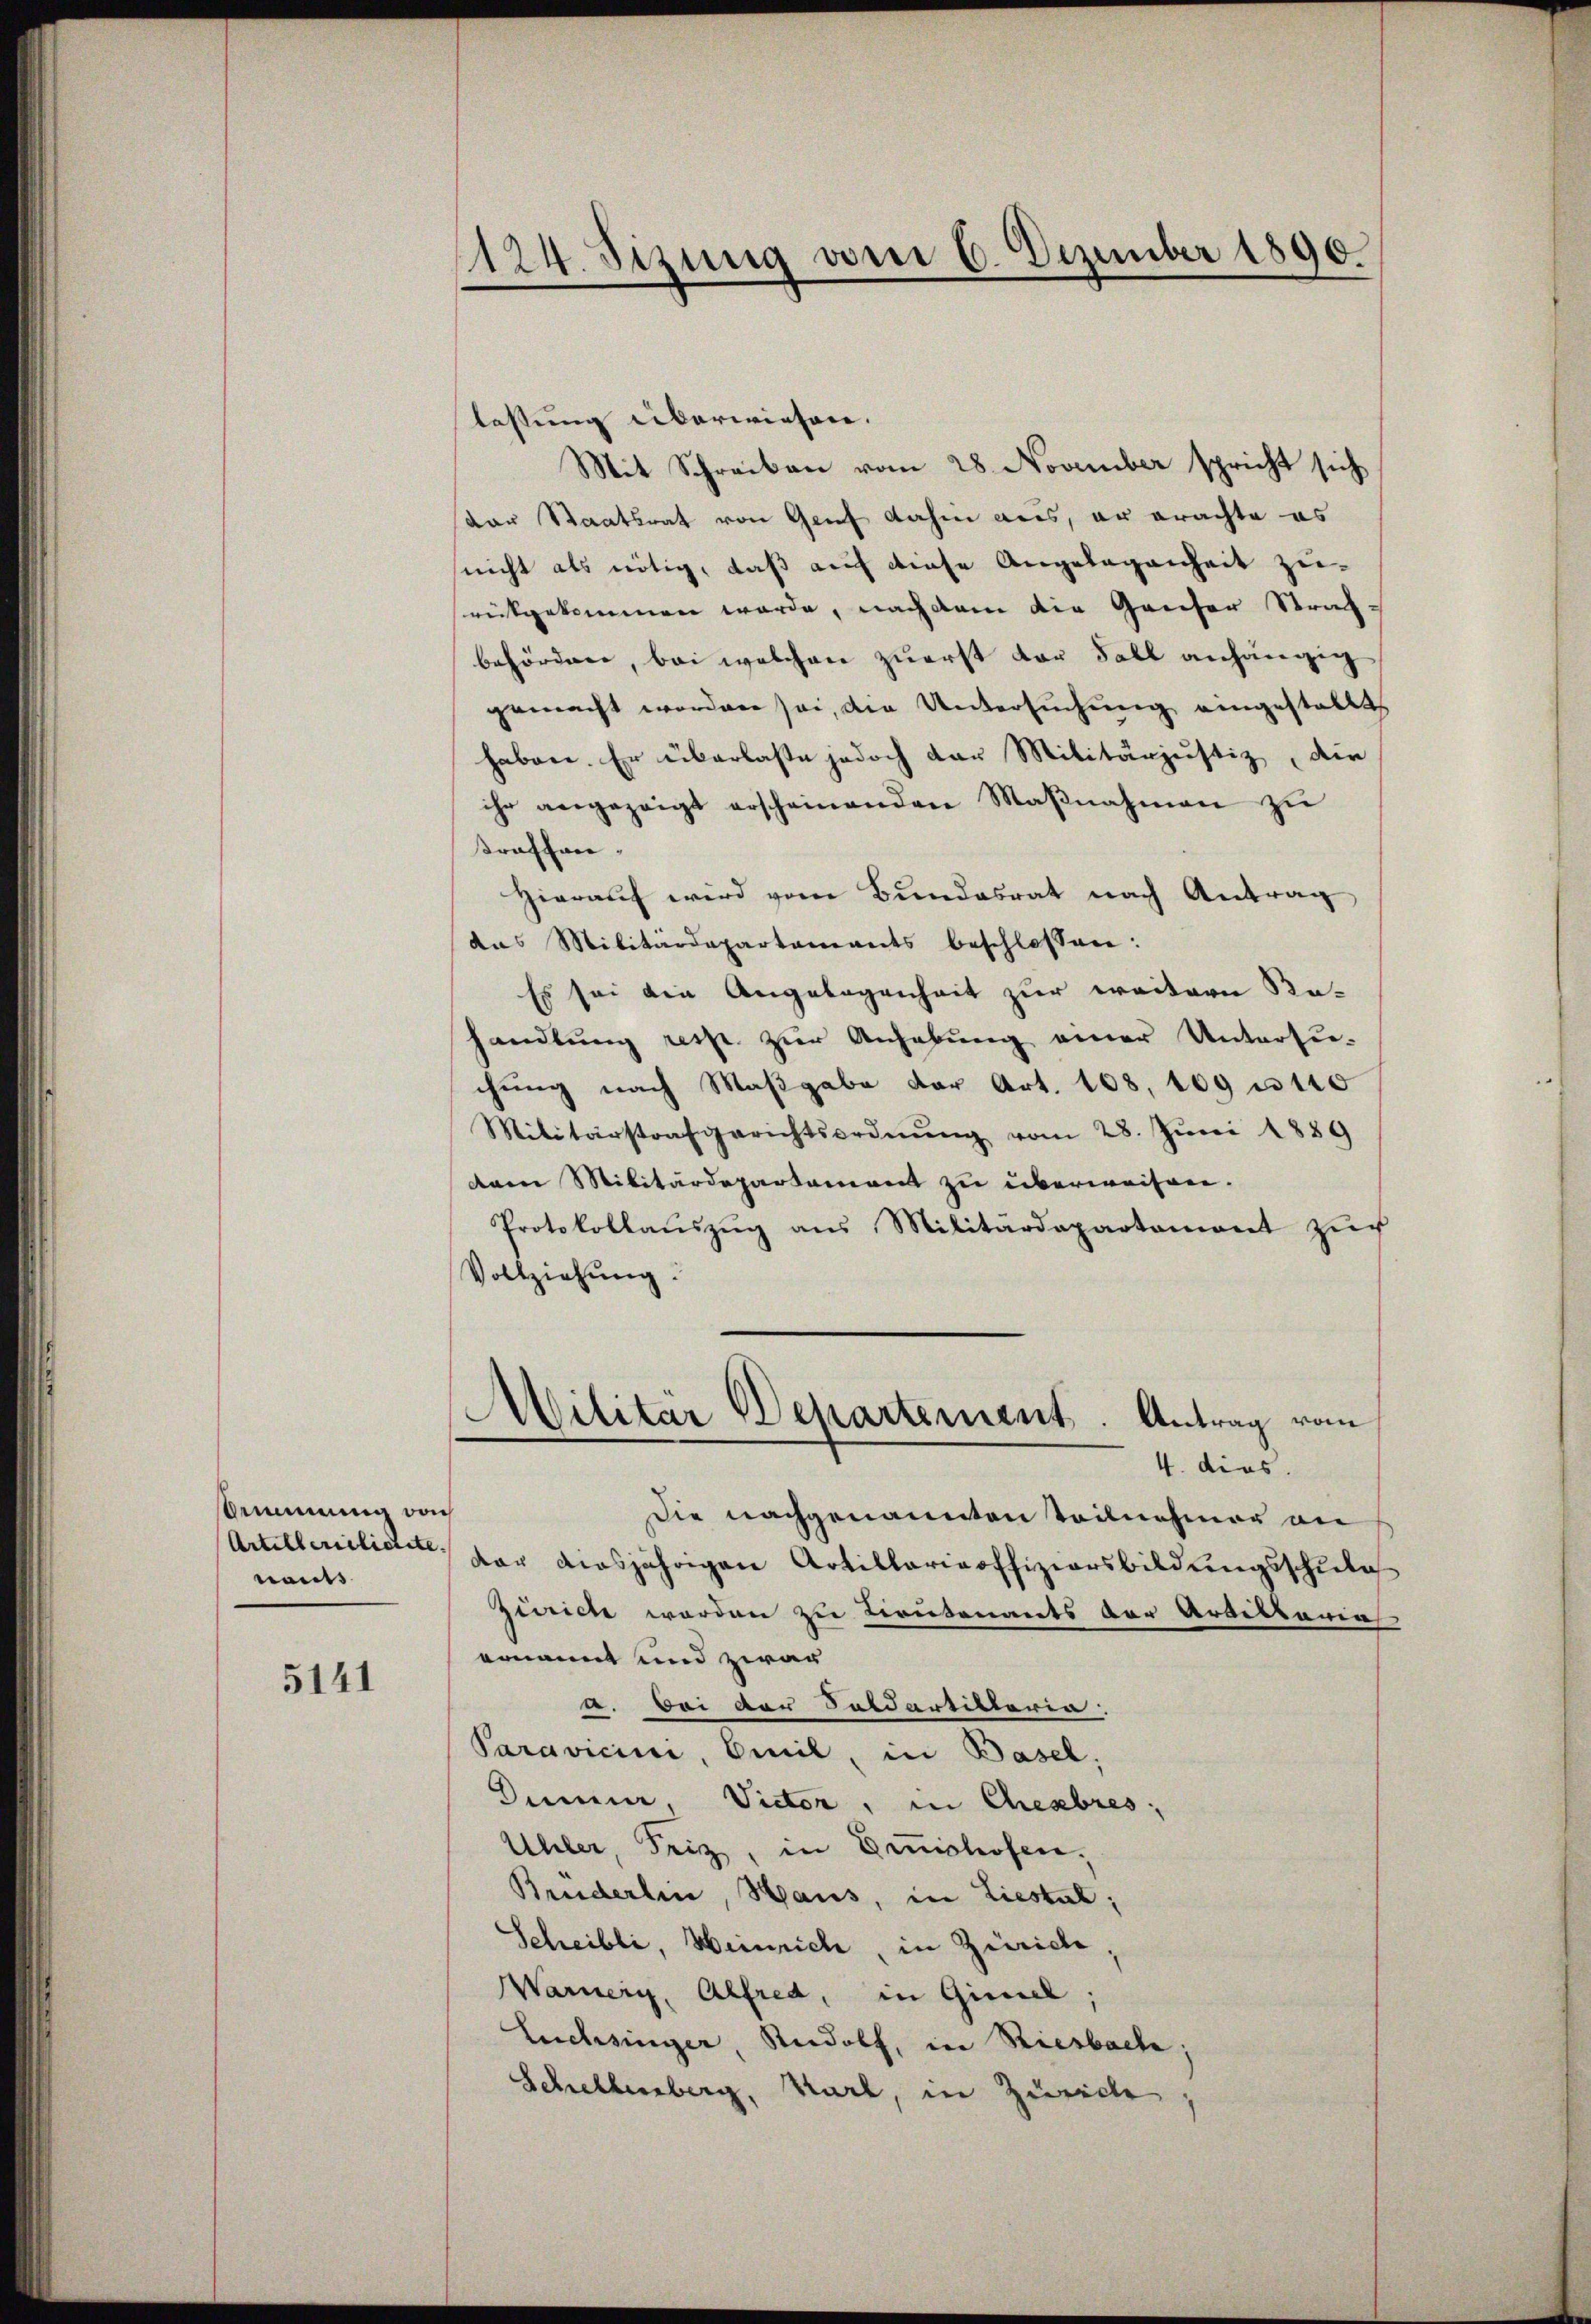
emmung doch
nants

5141

1124. Sizung vom 6. Dezember 1890.

lassung überwiesen.
Mit Schreiben vom 28. November spricht sich
dar Staatsrat von Genf dahin aus, er erachte es
seicht als nötig, daß auf diese Angelegenheit zurückgekommen werde, nachdem die Hauser Strafbehördere, bei welchen zuerst der Fall anhängig
gemacht worden sei, die Untersuchung eingestellt
haben. Er überlasse jedoch der Militärjustiz, die
ihr angezeigt erscheinenden Maβnahmen zŭ
troffen.
Hierauf wird vom Bundesrat nach Antrag
das Militärdepartements beschlossen:
Es sei die Angelegenheit zur weitern Rehandlung resp. zur Anhebung einer Untersuchung nach Maßgabe der Art. 108. 109 u 110
Militärstrafgerichtsordnŭng vom 28. Juni 1889
dam Militärdepartement zu überweisen.
Protokollauszug aus Militärdepartemont zur
Vollziehung.
Militär Departement. Antrag vom
4. dies.
Die nachgenannten Teilnehmer an
Artillerilistet, vor diesjährigen Artillaricoffiziersbildungsschulg
zwicte werden zu Lieutenants der Artiltarias
ernannt und zwar
a. Bei der Soldartiktoria.
Paravicini, Emil, in Basel,
Dumier, Victor, in Chembres,
Uhler, Freiz, in Einshofen,
Bruderlin, Haus, in Liestal
Scheibli, Weinrich, in Zürich
Warnern, Alfred, in Gimel;
Luchsinger, Rudolf, in Riesbach;
Schellenberg, Karl, in Zürich